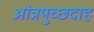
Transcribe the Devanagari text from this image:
आंत्रपुच्छदाह